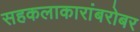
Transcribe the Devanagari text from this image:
सहकलाकारांबरोबर